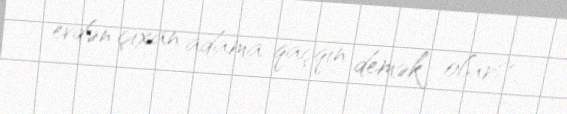
evdən çıxan adama qaçqın demək olar?.